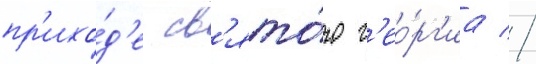
пр'ихо́д'е св'ято́го г'ео́рг'иа //